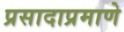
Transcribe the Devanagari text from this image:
प्रसादाप्रमाणे